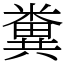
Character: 糞